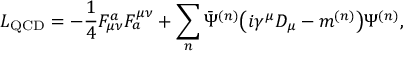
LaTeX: { \cal L } _ { \mathrm { Q C D } } = - \frac { 1 } { 4 } F _ { \mu \nu } ^ { a } F _ { a } ^ { \mu \nu } + \sum _ { n } \bar { \Psi } ^ { ( n ) } \big ( i \gamma ^ { \mu } D _ { \mu } - m ^ { ( n ) } \big ) \Psi ^ { ( n ) } ,